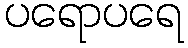
ပရောပရေ